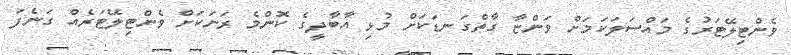
ވެންޓިލޭޓަރުގެ މައްސަލަަކަމަށް ވަންޏާ ގާތްގަނޑަކަށް މުޅި އާބާދީގެ ކޮންމެ ރަަށަކަށް ވެންޓިލޭޓަރެއް ގަނެފަ